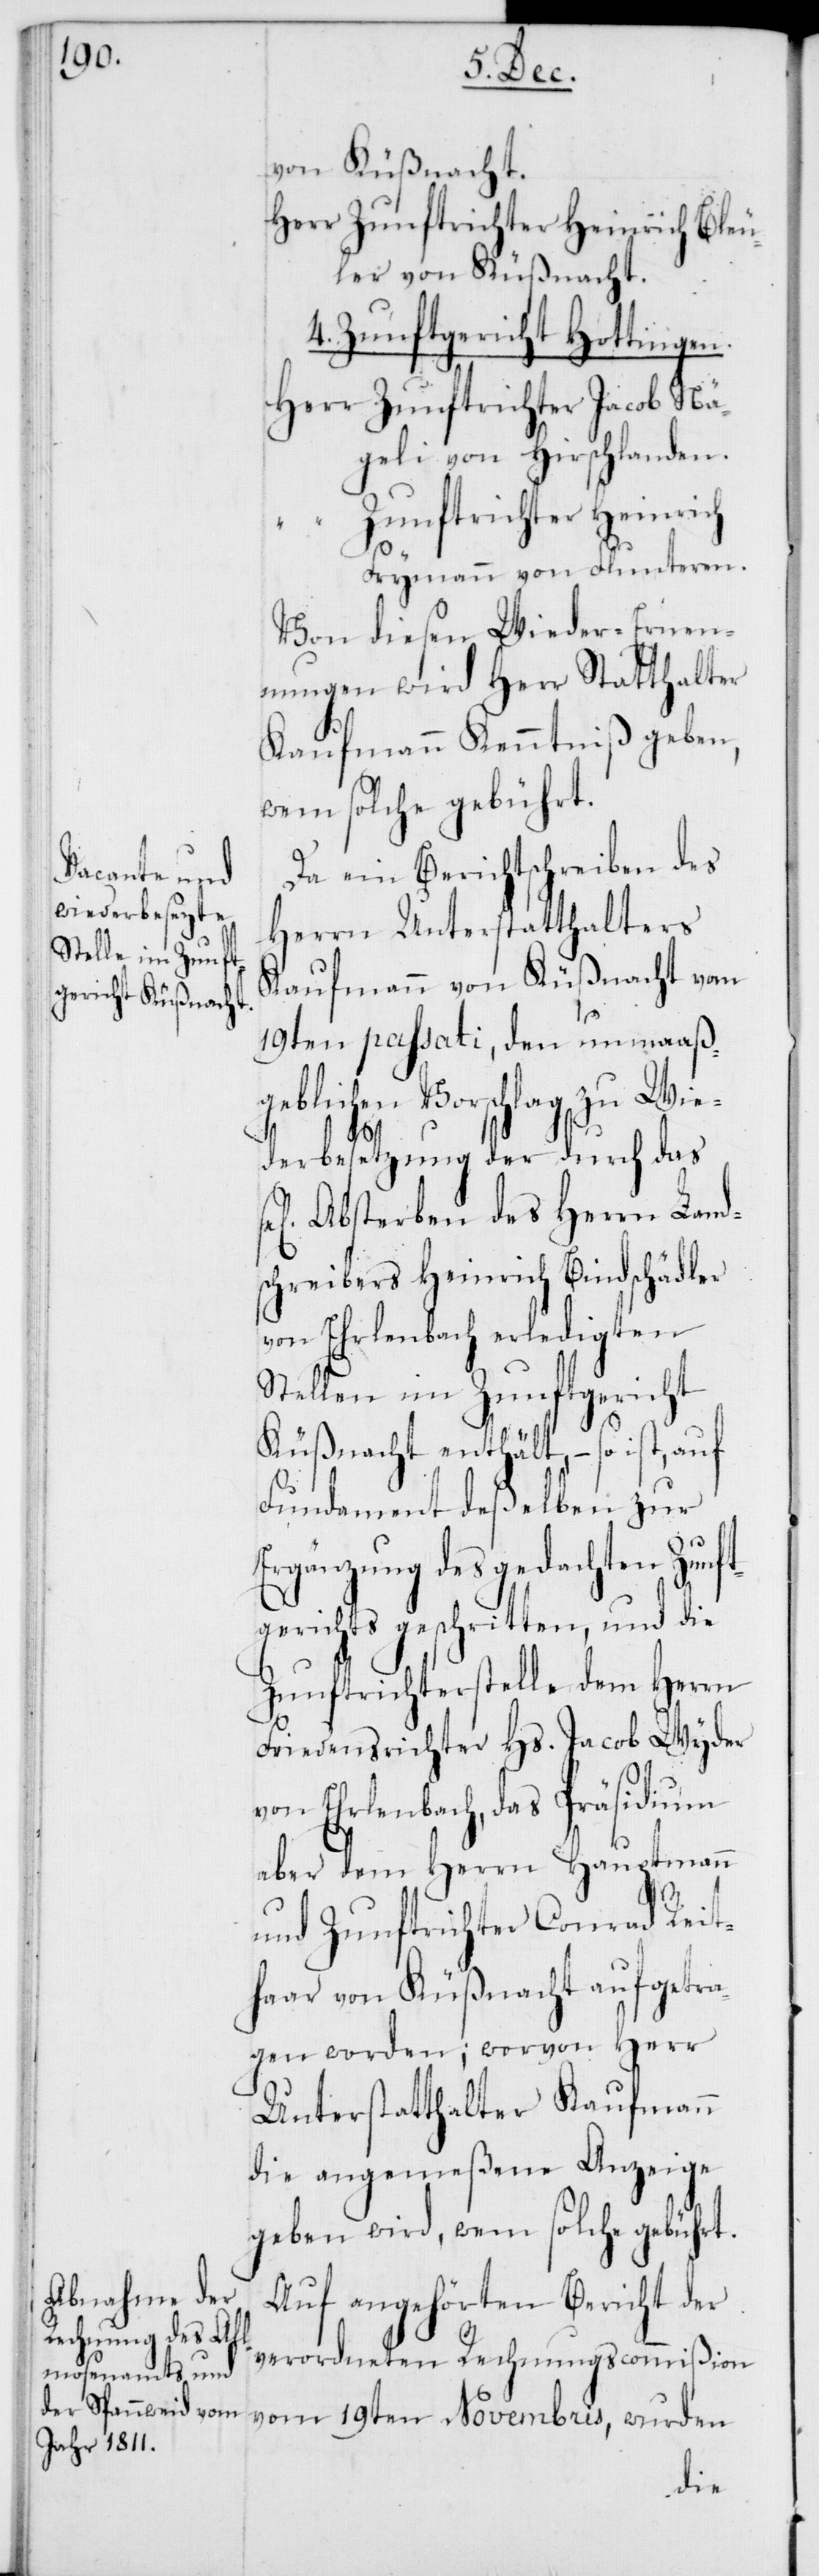
von Küßnacht.
4. Zunftgericht Hottingen.
Zunftrichter Jacob Nä¬
geli von Hirschlanden.
Zunftrichter Heinrich
Frymann von Fluntern.
Von diesen Wieder-Ernen¬
nungen wird Herr Statthalter
Kaufmann Kenntniß geben,
wem solche gebührt.
Da ein Berichtschreiben des
Herrn Unterstatthalters
Kaufmann von Küßnacht vom
19ten passati, den unmaaß¬
geblichen Vorschlag zu Wie¬
derbesetzung der durch das
Absterben des Herrn Land¬
schreibers Heinrich Bindschädler
von Ehrlenbach erledigten
Stellen im Zunftgericht
Küßnacht enthält, – so ist,
Fundament deßelben zur
Ergänzung des gedachten Zunf¬
tgerichts geschritten, und die
Zunftrichterstelle dem Herrn
Friedensrichter Hs. Jacob Wyder
von Erlenbach, das Präsidium
aber dem Herrn Hauptmann
und Zunftrichter Conrad Reit¬
haar von Küßnacht aufgetra¬
gen worden; worvon Herr
Unterstatthalter Kaufmann
die angemeßene Anzeige
Auf angehörten Bericht der
verordneten Rechnungscommißion
vom 19ten Novembris, wurden